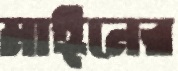
মাঈনের